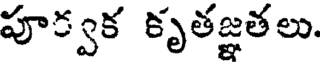
పూ్వక కృతజ్ఞతలు.